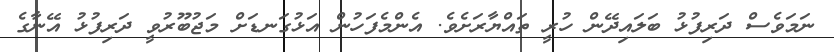
ނަމަވެސް ދަރިފުޅު ބަލައިދޭން ހުރީ ތައްޔާރަށެވެ. އެންމެފަހުން އަޅުގަނޑަށް މަޖުބޫރުވީ ދަރިފުޅު އޭނާގެ